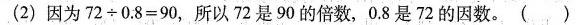
(2)因为$$7 2 \div 0 . 8 = 9 0$$，所以72是90的倍数，0.8是72的因数。( )